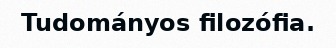
Tudományos filozófia.